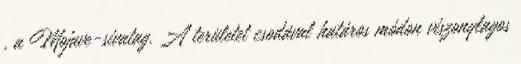
, a Mojave-sivatag. A területet csodával határos módon viszonylagos